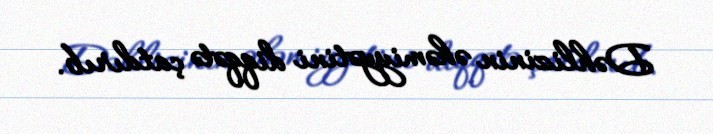
Dəhlizinin əhəmiyyətini diqqətə çatdırıb.